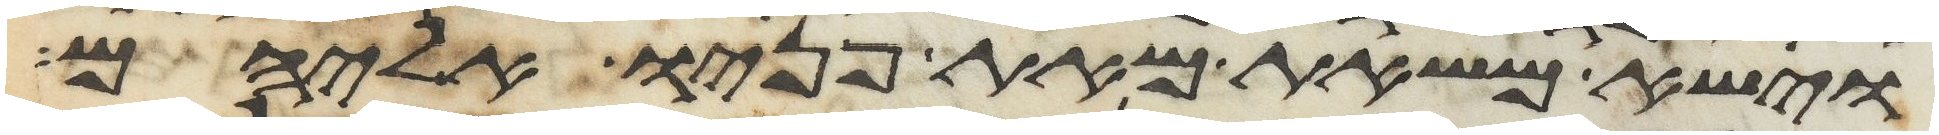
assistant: וישא משאת מאת פניו אליהם